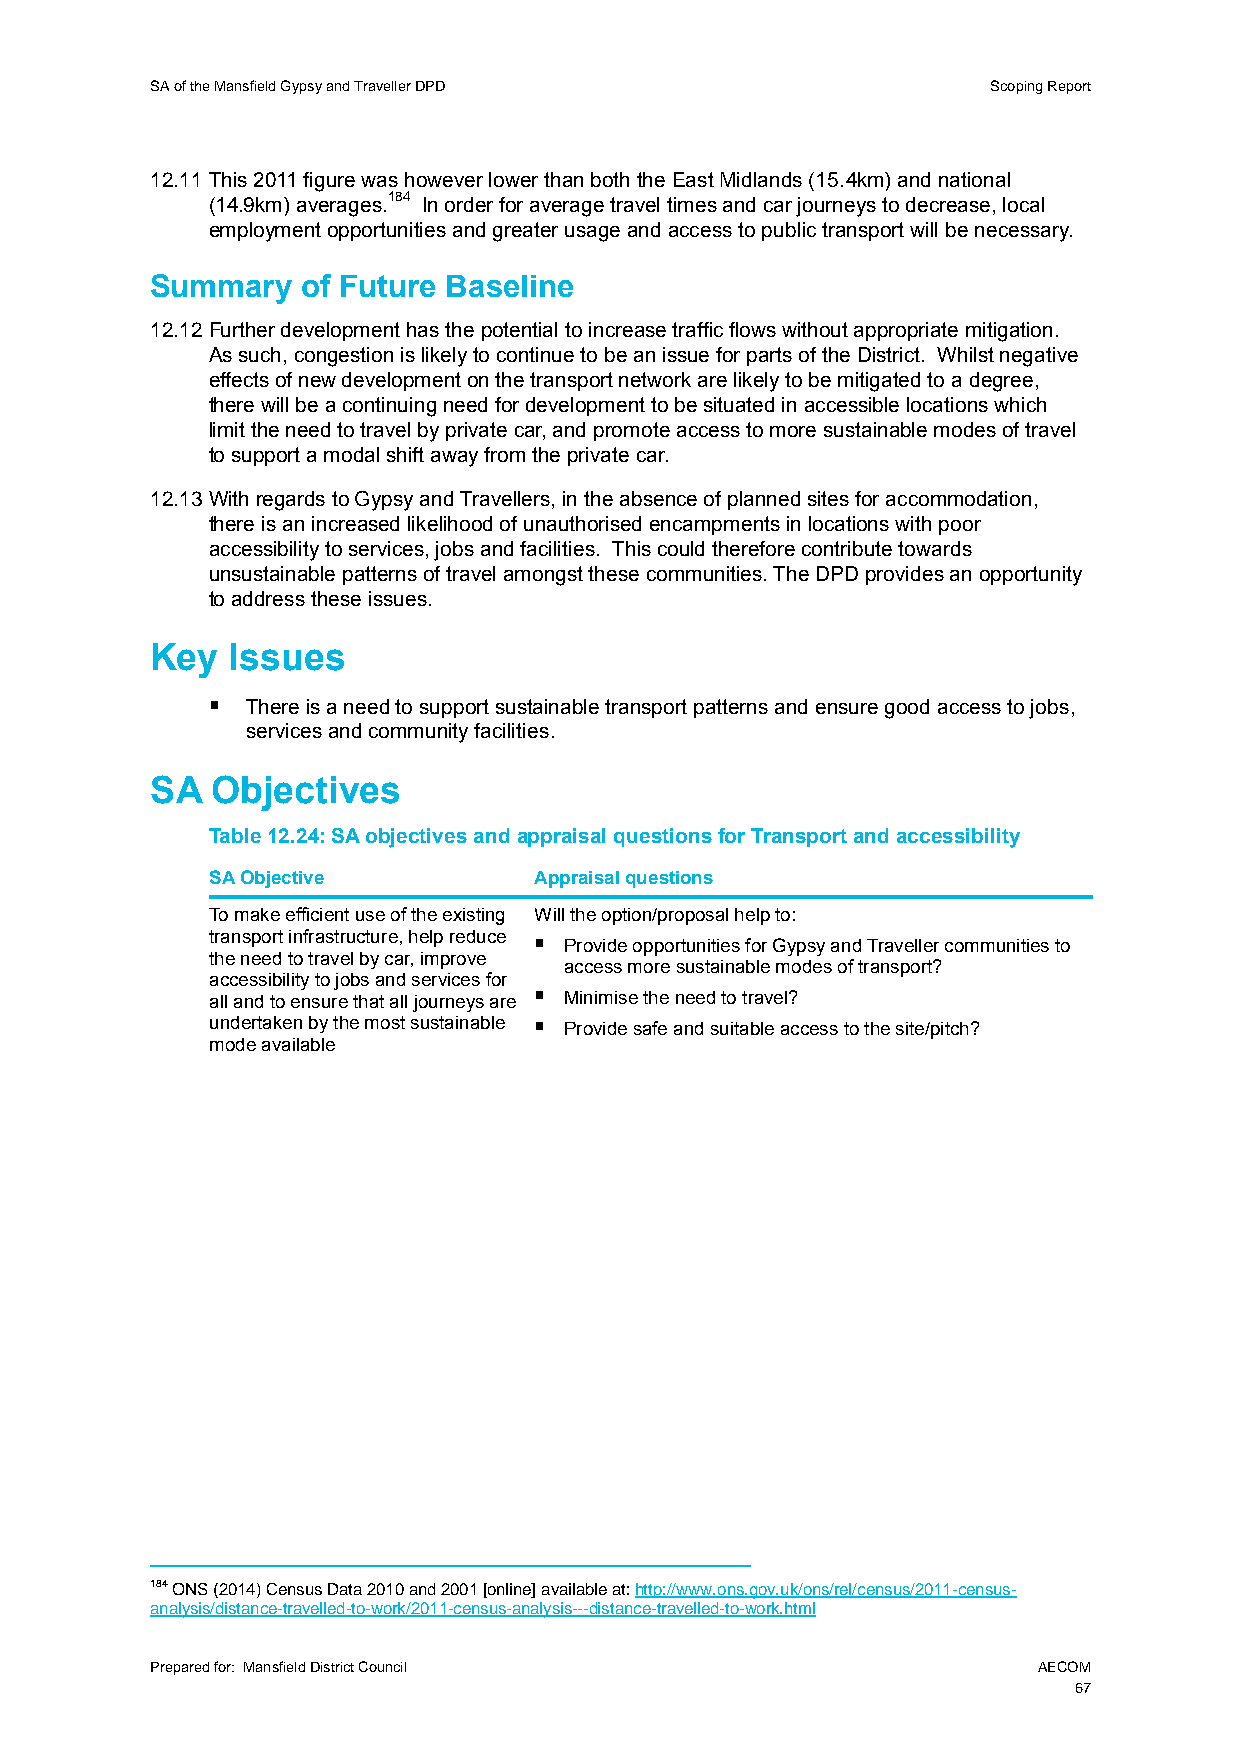
SA of the Mansfield Gypsy and Traveller DPD             Scoping Report
 12.11 This 2011 figure was however lower than both the East Midlands (15.4km) and national
 (14.9km) averages.184 In order for average travel times and car journeys to decrease, local
 employment opportunities and greater usage and access to public transport will be necessary.
 Summary   of Future Baseline
 12.12 Further development has the potential to increase traffic flows without appropriate mitigation.
 As such, congestion is likely to continue to be an issue for parts of the District. Whilst negative
 effects of new development on the transport network are likely to be mitigated to a degree,
 there will be a continuing need for development to be situated in accessible locations which
 limit the need to travel by private car, and promote access to more sustainable modes of travel
 to support a modal shift away from the private car.
 12.13 With regards to Gypsy and Travellers, in the absence of planned sites for accommodation,
 there is an increased likelihood of unauthorised encampments in locations with poor
 accessibility to services, jobs and facilities. This could therefore contribute towards
 unsustainable patterns of travel amongst these communities. The DPD provides an opportunity
 to address these issues.
 Key  Issues
  There is a need to support sustainable transport patterns and ensure good access to jobs,
 services and community facilities.
 SA  Objectives
 Table 12.24: SA objectives and appraisal questions for Transport and accessibility
 SA Objective         Appraisal questions
 To make efficient use of the existing Will the option/proposal help to:
 transport infrastructure, help reduce  Provide opportunities for Gypsy and Traveller communities to
 the need to travel by car, improve
 access more sustainable modes of transport?
 accessibility to jobs and services for
 all and to ensure that all journeys are  Minimise the need to travel?
 undertaken by the most sustainable  Provide safe and suitable access to the site/pitch?
 mode available
 184 ONS (2014) Census Data 2010 and 2001 [online] available at: http://www.ons.gov.uk/ons/rel/census/2011-census-
 analysis/distance-travelled-to-work/2011-census-analysis---distance-travelled-to-work.html
 Prepared for: Mansfield District Council                   AECOM
 67